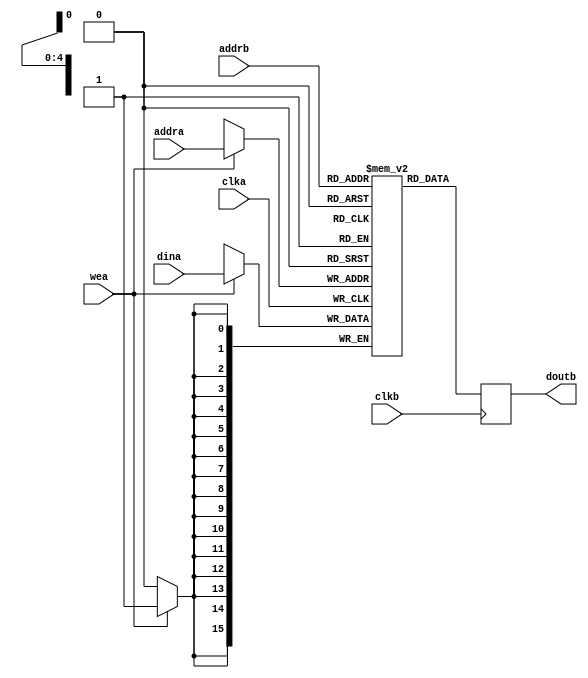
// ***************************************************************************
// ***************************************************************************
// Copyright 2014 - 2017 (c) Analog Devices, Inc. All rights reserved.
//
// In this HDL repository, there are many different and unique modules, consisting
// of various HDL (Verilog or VHDL) components. The individual modules are
// developed independently, and may be accompanied by separate and unique license
// terms.
//
// The user should read each of these license terms, and understand the
// freedoms and responsabilities that he or she has by using this source/core.
//
// This core is distributed in the hope that it will be useful, but WITHOUT ANY
// WARRANTY; without even the implied warranty of MERCHANTABILITY or FITNESS FOR
// A PARTICULAR PURPOSE.
//
// Redistribution and use of source or resulting binaries, with or without modification
// of this file, are permitted under one of the following two license terms:
//
//   1. The GNU General Public License version 2 as published by the
//      Free Software Foundation, which can be found in the top level directory
//      of this repository (LICENSE_GPL2), and also online at:
//      <https://www.gnu.org/licenses/old-licenses/gpl-2.0.html>
//
// OR
//
//   2. An ADI specific BSD license, which can be found in the top level directory
//      of this repository (LICENSE_ADIBSD), and also on-line at:
//      https://github.com/analogdevicesinc/hdl/blob/master/LICENSE_ADIBSD
//      This will allow to generate bit files and not release the source code,
//      as long as it attaches to an ADI device.
//
// ***************************************************************************
// ***************************************************************************

`timescale 1ns/100ps

module ad_mem #(

  parameter  DATA_WIDTH = 16,
  parameter  ADDRESS_WIDTH = 5) (

  input                               clka,
  input                               wea,
  input       [(ADDRESS_WIDTH-1):0]   addra,
  input       [(DATA_WIDTH-1):0]      dina,

  input                               clkb,
  input       [(ADDRESS_WIDTH-1):0]   addrb,
  output  reg [(DATA_WIDTH-1):0]      doutb);

  (* ram_style = "block" *)
  reg         [(DATA_WIDTH-1):0]      m_ram[0:((2**ADDRESS_WIDTH)-1)];

  always @(posedge clka) begin
    if (wea == 1'b1) begin
      m_ram[addra] <= dina;
    end
  end

  always @(posedge clkb) begin
    doutb <= m_ram[addrb];
  end

endmodule

// ***************************************************************************
// ***************************************************************************